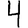
Digit: 4